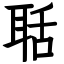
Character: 聒